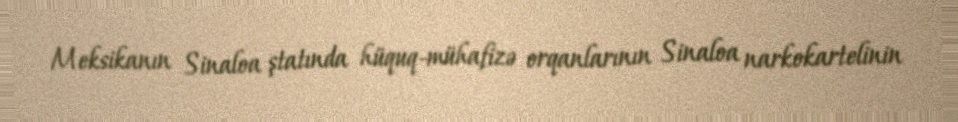
Meksikanın Sinaloa ştatında hüquq-mühafizə orqanlarının Sinaloa narkokartelinin